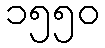
၁၅၅၀